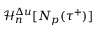
\mathcal { H } _ { n } ^ { \Delta u } [ N _ { p } ( \tau ^ { + } ) ]